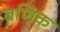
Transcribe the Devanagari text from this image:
बणिक